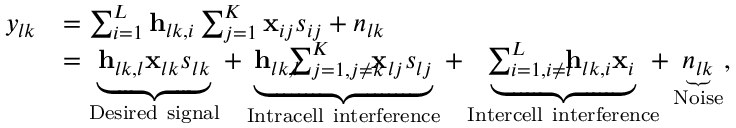
\begin{array} { r l } { y _ { l k } } & { = \sum _ { i = 1 } ^ { L } \mathbf { h } _ { l k , i } \sum _ { j = 1 } ^ { K } \mathbf { x } _ { i j } s _ { i j } + n _ { l k } } \\ & { = \underbrace { \mathbf { h } _ { l k , l } \mathbf { x } _ { l k } s _ { l k } } _ { \mathrm { D e s i r e d ~ s i g n a l } } + \underbrace { \mathbf { h } _ { l k , l } \! \! \! \! \sum _ { j = 1 , j \neq k } ^ { K } \! \! \! \! \mathbf { x } _ { l j } s _ { l j } } _ { \mathrm { I n t r a c e l l ~ i n t e r f e r e n c e } } + \underbrace { \! \! \sum _ { i = 1 , i \neq l } ^ { L } \! \! \! \mathbf { h } _ { l k , i } \mathbf { x } _ { i } } _ { \mathrm { I n t e r c e l l ~ i n t e r f e r e n c e } } \! \! \! + \underbrace { n _ { l k } } _ { \mathrm { N o i s e } } , } \end{array}